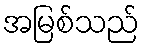
အမြစ်သည်